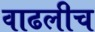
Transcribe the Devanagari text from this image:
वाढलीच